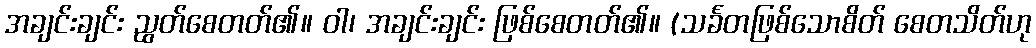
အချင်းချင်း ညွတ်စေတတ်၏။ ဝါ၊ အချင်းချင်း ဖြစ်စေတတ်၏။ (သင်္ခတဖြစ်သောစိတ် စေတသိတ်ဟု